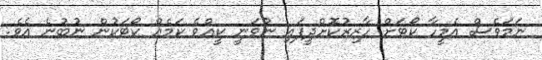
ނަމަވެސް އެމީހާ ކޯޓަށް ހާޒިރުކޮށްދީފައި ނުވަނީ ކީއްވެ ކަމެއް ކޯޓަކުން ނުބުނެ އެވެ.